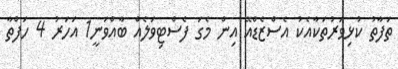
ތަފާތު ކުޅިވަރުތަކާއެކު އެސްޒެޑްއޭ އިން މެގަ ފެސްޓިވަލެއް ބާއްވަނީ1 އަހަރު 4 ހަފްތާ